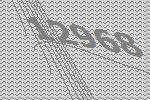
12968